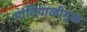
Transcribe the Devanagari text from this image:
मांदियाळीमुळे